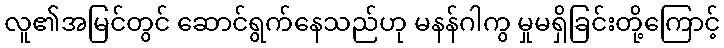
လူ၏အမြင်တွင် ဆောင်ရွက်နေသည်ဟု မနန်ဂါကွ မှုမရှိခြင်းတို့ကြောင့်